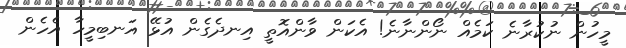
މީހުން ނުކުރާނެ ކަމެއް ނޯންނާނެ! އެކަން ވާންއޮތީ އިނދެގެން އުޅޭ އަނބިމީހާ އެހެން